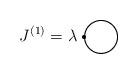
LaTeX: \begin{align*}J^{(1)}=\lambda\setlength{\unitlength}{1mm}\begin{picture}(16,10)(-2,0)\thicklines\put(4,1){\circle{8}}\put(-0.25,1){\circle*{1}}\end{picture}\end{align*}